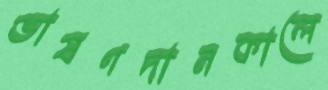
ভাষণদানকালে